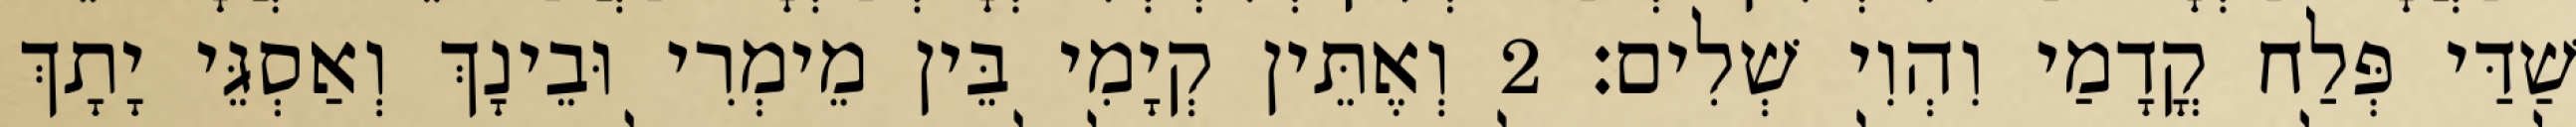
שַׁדַּי פְּלַח קֳדָמַי וִהְוִי שְׁלִים׃ 2 וְאֶתֵּין קְיָמִי בֵּין מֵימְרִי וּבֵינָךְ וְאַסְגֵּי יָתָךְ